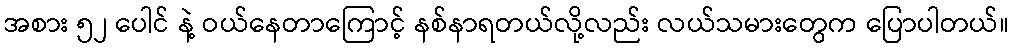
အစား ၅၂ ပေါင် နဲ့ ဝယ်နေတာကြောင့် နစ်နာရတယ်လို့လည်း လယ်သမားတွေက ပြောပါတယ်။